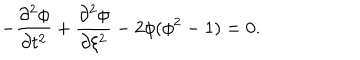
LaTeX: - \frac { \partial ^ { 2 } \phi } { \partial t ^ { 2 } } + \frac { \partial ^ { 2 } \phi } { \partial \xi ^ { 2 } } - 2 \phi ( \phi ^ { 2 } - 1 ) = 0 .